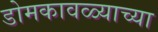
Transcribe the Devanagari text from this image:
डोमकावळ्याच्या